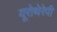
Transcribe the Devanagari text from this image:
यूरोथेरेपी